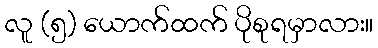
လူ (၅) ယောက်ထက် ပိုစုရမှာလား။